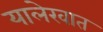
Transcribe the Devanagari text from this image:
यालेखात